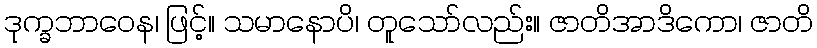
ဒုက္ခဘာဝေန၊ ဖြင့်။ သမာနောပိ၊ တူသော်လည်း။ ဇာတိအာဒိကော၊ ဇာတိ